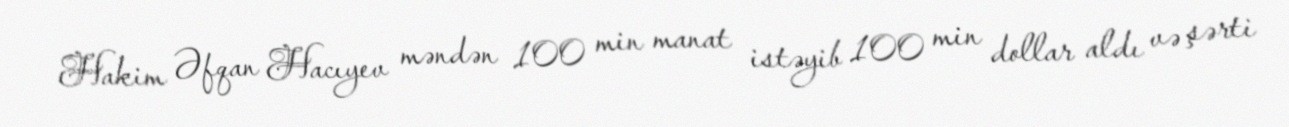
Hakim Əfqan Hacıyev məndən 100 min manat istəyib 100 min dollar aldı və şərti